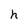
Character: h